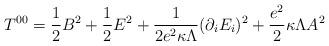
LaTeX: \begin{align*}T^{00}=\frac{1}{2}B^2+\frac{1}{2}E^2+\frac{1}{2e^2\kappa\Lambda}(\partial_iE_i)^2+\frac{e^2}{2}\kappa\Lambda A^2\end{align*}